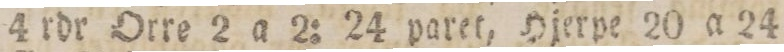
4 rdr Orre 2 a 2: 24 paret, Hjerpe 20 a 24